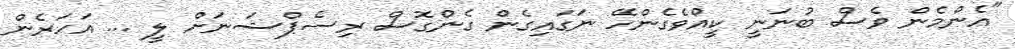
"އެންމެން ވެސް ބުނަނީ ކީއްވެގެންހޭ ނަގައިގެން ގެންގޮސް ރިސެޕްޝަނަށް ލީ ... އަހަރެން